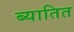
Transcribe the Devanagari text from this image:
ब्यातित